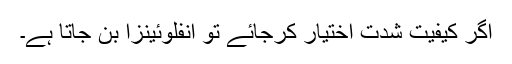
اگر کیفیت شدت اختیار کرجائے تو انفلوئینزا بن جاتا ہے۔